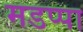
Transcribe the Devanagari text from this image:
मडप्पा